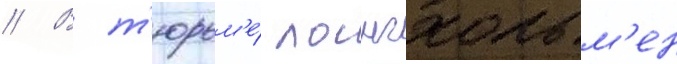
// В т'юрьм'е́ лонгхольм'ен